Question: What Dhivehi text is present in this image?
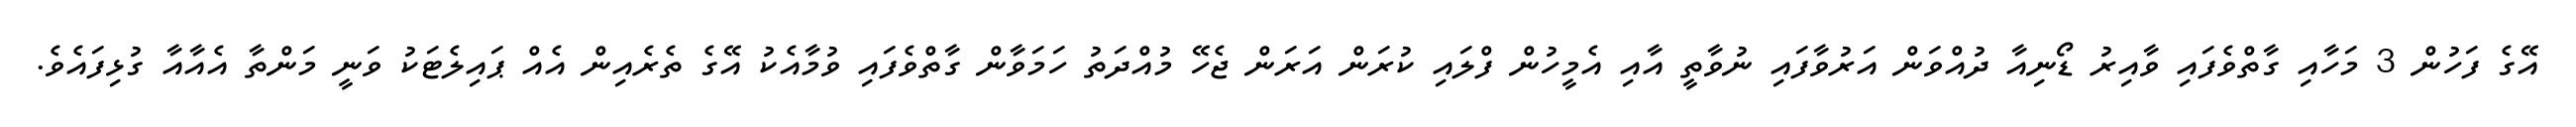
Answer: އޭގެ ފަހުން 3 މަހާއި ގާތްވެފައި ވާއިރު ޑޯނިއާ ދުއްވަން އަރުވާފައި ނުވާތީ އާއި އެމީހުން ފްލައި ކުރަން އަރަން ޖެހޭ މުއްދަތު ހަމަވާން ގާތްވެފައި ވުމާއެކު އޭގެ ތެރެއިން އެއް ޕައިލެޓަކު ވަނީ މަންތާ އެއާއާ ގުޅިފައެވެ.